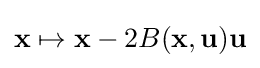
\mathbf {x} \mapsto \mathbf {x} -2B(\mathbf {x} ,\mathbf {u} )\mathbf {u}